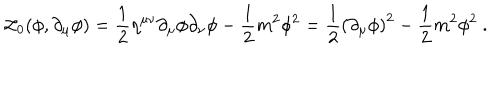
{ \cal L } _ { 0 } ( \phi , \partial _ { \mu } \phi ) = \frac { 1 } { 2 } \eta ^ { \mu \nu } \partial _ { \mu } \phi \partial _ { \nu } \phi - \frac { 1 } { 2 } m ^ { 2 } \phi ^ { 2 } = \frac { 1 } { 2 } \left( \partial _ { \mu } \phi \right) ^ { 2 } - \frac { 1 } { 2 } m ^ { 2 } \phi ^ { 2 } \ .